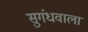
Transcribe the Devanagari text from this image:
सुगंधवाला